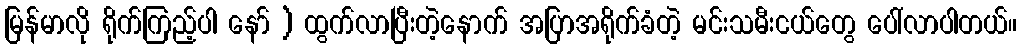
မြန်မာလို ရိုက်ကြည့်ပါ နော် ) ထွက်လာပြီးတဲ့နောက် အပြာအရိုက်ခံတဲ့ မင်းသမီးငယ်တွေ ပေါ်လာပါတယ်။